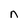
Character: n